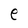
Character: e